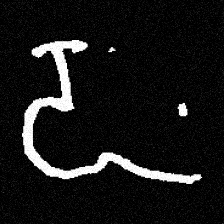
Pyu character \u2014 Myanmar letter: ဍ (romanized: dda)